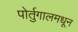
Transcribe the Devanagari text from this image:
पोर्तुगालमधून